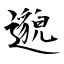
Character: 邈